65_HS1-834228961_62-HQ-83894_Serial_130
Agency: FBI
Page 35
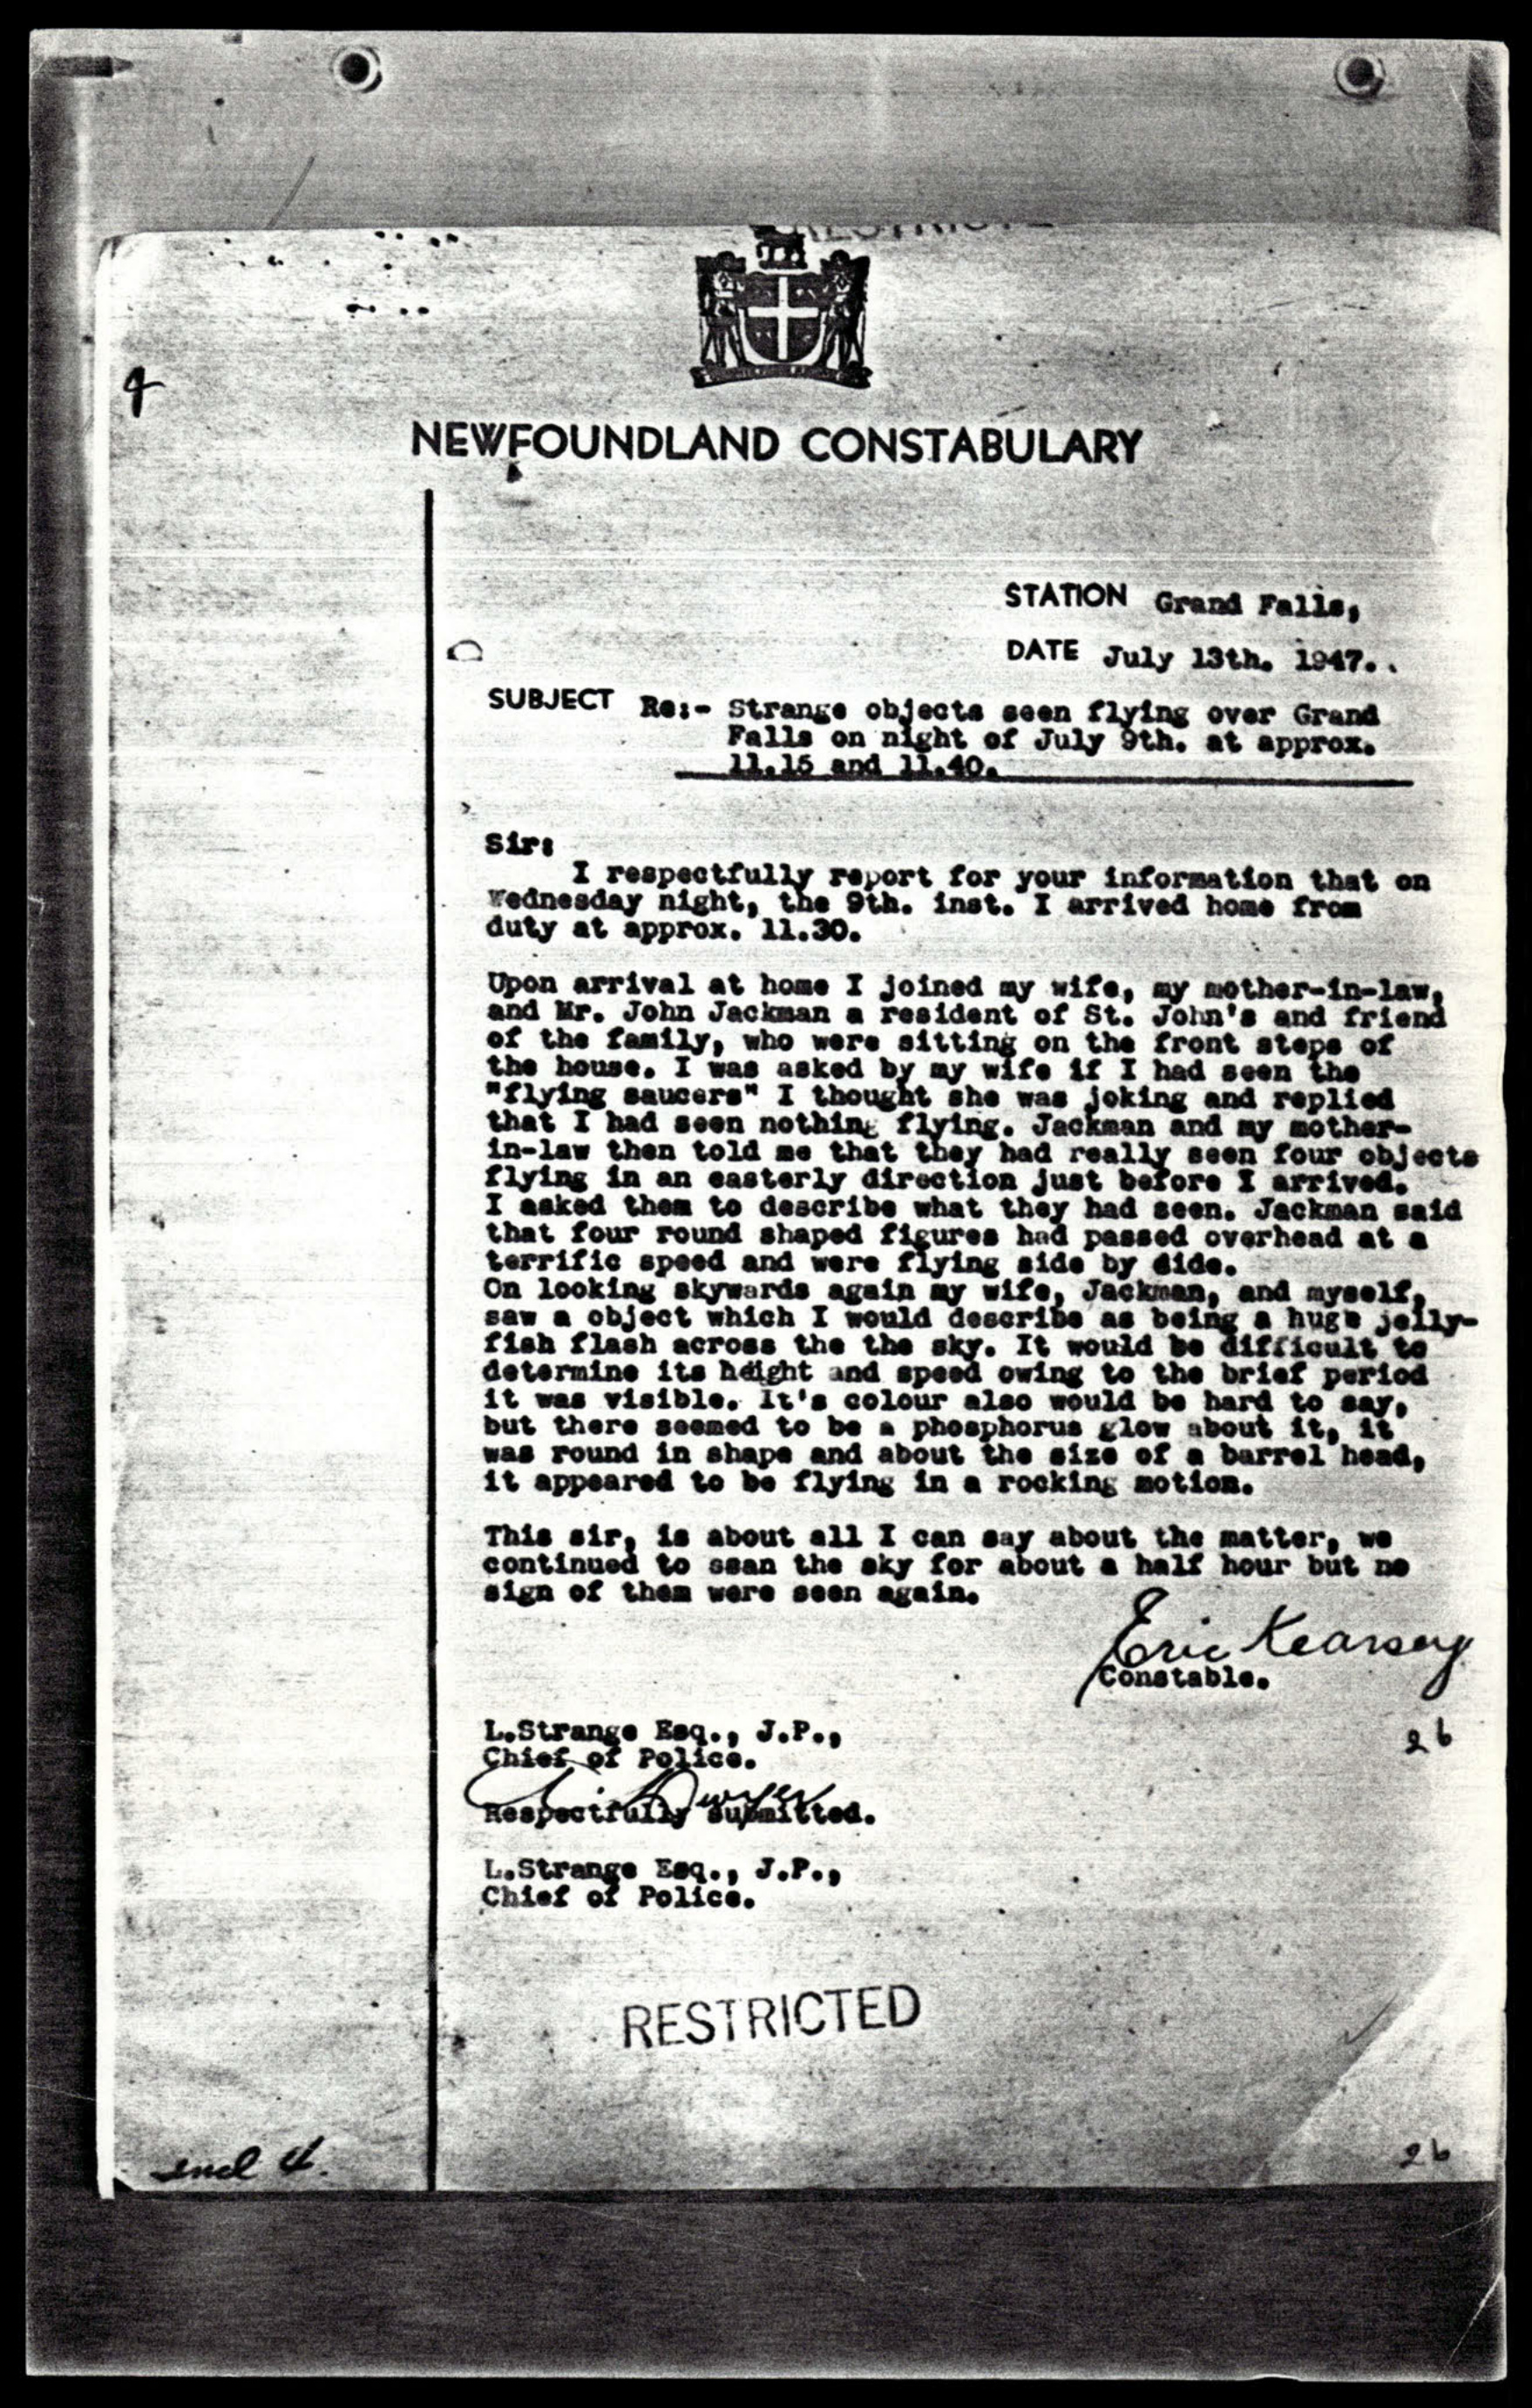